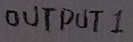
Text: OUTPUT 1